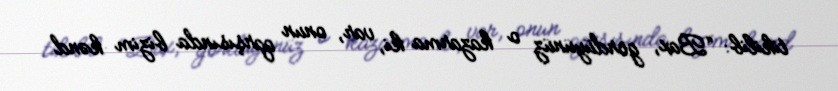
tikilib: “Bax, gördüyünüz o kazarma ki, var, onun qarşısında bizim kənd